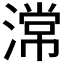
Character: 𣻸